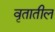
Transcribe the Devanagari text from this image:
वृतातील